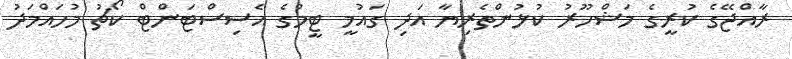
ރާއްޖޭގެ ކުރީގެ މަޝްހޫރު ކުޅުންތެރިޔާ އަދި ގައުމީ ޓީމުގެ އެސިސްޓަންޓް ކޯޗު މުހައްމަދު